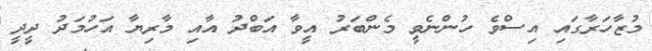
މުޒާހަރާގައި އިސްވެ ހުންނެވީ މެންބަރު އީވާ އަބްދު އާއި މާރިޔާ އަހުމަދު ދީދީ